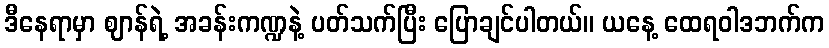
ဒီနေရာမှာ ဈာန်ရဲ့ အခန်းကဏ္ဍနဲ့ ပတ်သက်ပြီး ပြောချင်ပါတယ်။ ယနေ့ ထေရဝါဒဘက်က